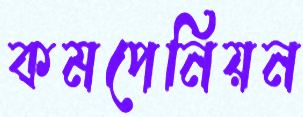
কমপেনিয়ন